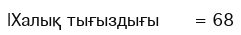
|Халық тығыздығы      = 68